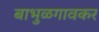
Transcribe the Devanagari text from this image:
बाभुळगावकर